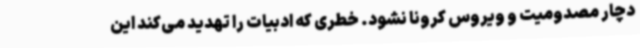
دچار مصدومیت و ویروس کرونا نشود. خطری که ادبیات را تهدید می‌کند این